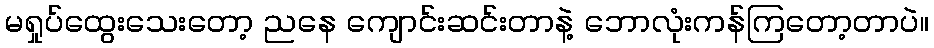
မရှုပ်ထွေးသေးတော့ ညနေ ကျောင်းဆင်းတာနဲ့ ဘောလုံးကန်ကြတော့တာပဲ။